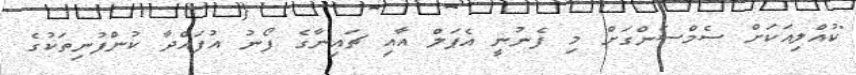
"ކުއްލިއަކަށް ސެމްސަންގަށް މި ފެނުނީ އެޕަލް އާއި ޗައިނާގެ ފޯނު އުފައްދާ ކުންފުނިތަކުގެ